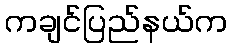
ကချင်ပြည်နယ်က